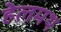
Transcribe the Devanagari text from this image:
हेलमथ